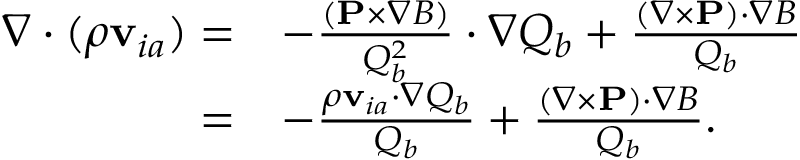
\begin{array} { r l } { \nabla \cdot ( \rho { \bf v } _ { i a } ) = } & { - \frac { ( { \bf P } \times \nabla B ) } { Q _ { b } ^ { 2 } } \cdot \nabla Q _ { b } + \frac { ( \nabla \times { \bf P } ) \cdot \nabla B } { Q _ { b } } } \\ { = } & { - \frac { \rho { \bf v } _ { i a } \cdot \nabla Q _ { b } } { Q _ { b } } + \frac { ( \nabla \times { \bf P } ) \cdot \nabla B } { Q _ { b } } . } \end{array}